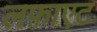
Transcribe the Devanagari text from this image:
लफ़ाएट